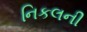
નિકલની